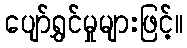
ပျော်ရွှင်မှုများဖြင့်။